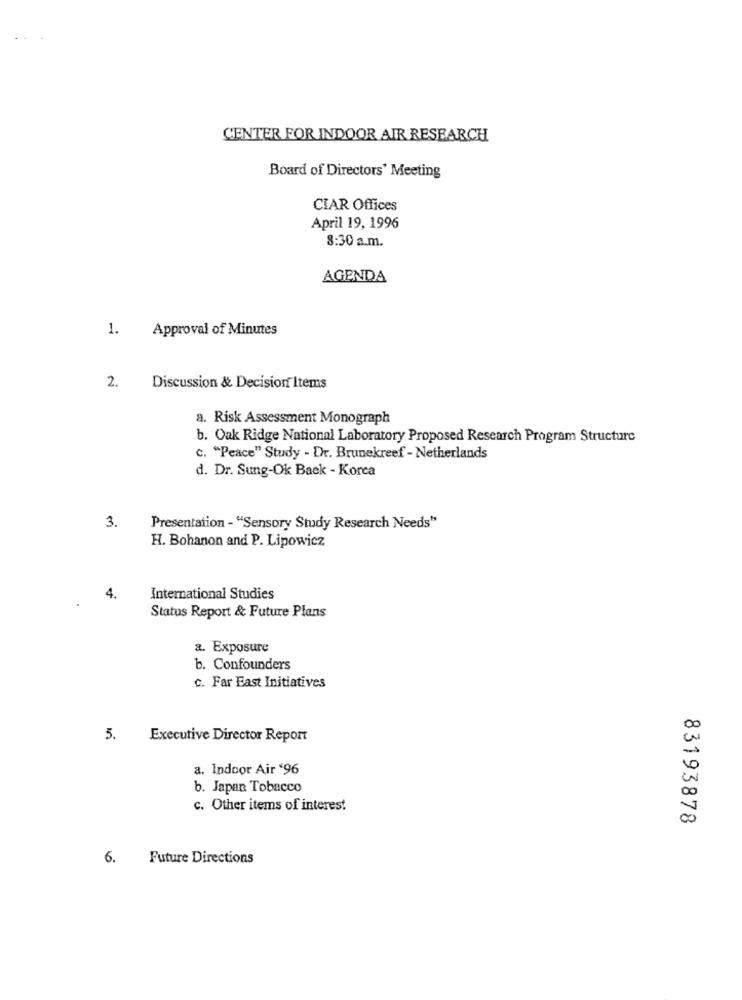
CENTER FOR INDOOR AIR RESEARCH
Board of Directors' Meeting
CIAR Offices
April 19, 1996
8:30 a.m.
AGENDA
1.
Approval of Minutes
2.
Discussion & Decision Items
a. Risk Assessment Monograph
b. Oak Ridge National Laboratory Proposed Research Program Structure
c. "Peace" Study - Dr. Brunekreef - Netherlands
d. Dr. Sung-Ok Back - Korea
3.
Presentation - "Sensory Study Research Needs"
H. Bohanon and P. Lipowicz
4.
International Studies
Status Report & Future Plans
a. Exposure
b. Confounders
c. Far East Initiatives
00
5.
Executive Director Report
a. Indoor Air '96
10
b. Japan Tobacco
c. Other items of interest
83193878
6.
Future Directions